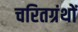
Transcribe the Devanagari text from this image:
चरितग्रंथों